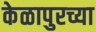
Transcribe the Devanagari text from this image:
केळापुरच्या